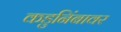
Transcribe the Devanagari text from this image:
कडुनिंबावर